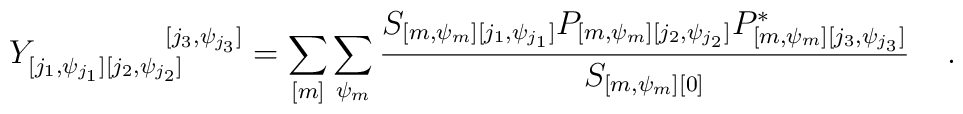
{Y}^{\quad\quad\quad\quad[{j}_3, \psi_{j_3}]}_{[{j_1}, \psi_{j_1}][{j_2}, \psi_{j_2}]} = \sum_{[m]} \sum_{\psi_m} {{S}_{[m, \psi_m][{j_1}, \psi_{j_1}]} {P}_{[m, \psi_m][{j_2}, \psi_{j_2}]} {P}^*_{[m,\psi_m] [{j_3}, \psi_{j_3}]} \over {S}_{[m,\psi_m][0]}} \;\;\;\; .